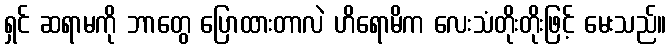
ရှင် ဆရာမကို ဘာတွေ ပြောထားတာလဲ ဟိရောမိက လေးသံတိုးတိုးဖြင့် မေးသည်။